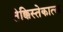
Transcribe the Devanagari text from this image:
तेक्किस्तेकात्ल